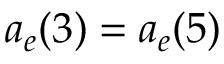
a _ { e } ( 3 ) = a _ { e } ( 5 )